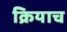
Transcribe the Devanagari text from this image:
क्रियाच